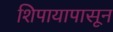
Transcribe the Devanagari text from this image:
शिपायापासून